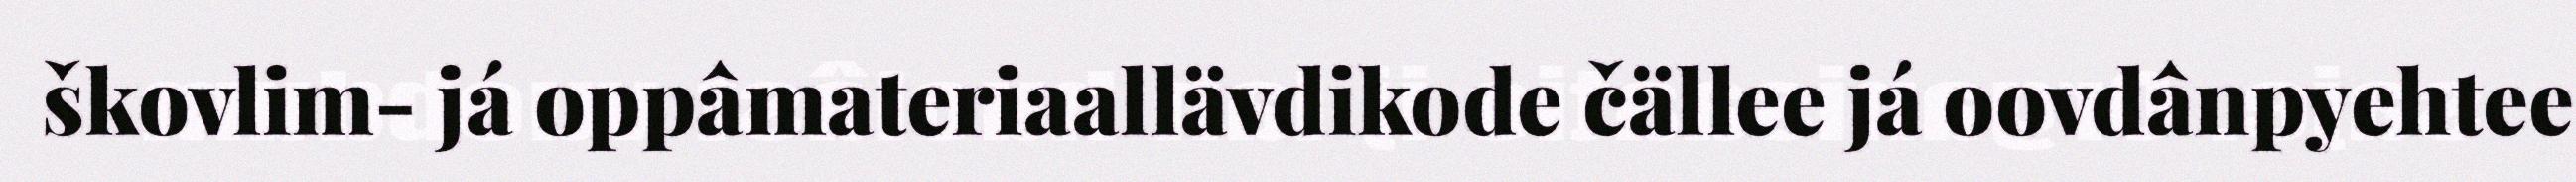
škovlim- já oppâmateriaallävdikode čällee já oovdânpyehtee